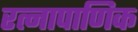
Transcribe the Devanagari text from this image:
रत्‍नापाणिक